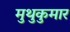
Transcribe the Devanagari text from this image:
मुथुकुमार